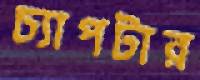
চ্যাপটার